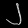
Digit: ၂